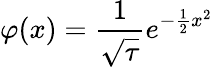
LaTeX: \varphi(x)={\frac{1}{\sqrt{\tau}}}e^{-{\frac{1}{2}}x^{2}}